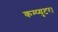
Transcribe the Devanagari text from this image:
कम्प्युटर।